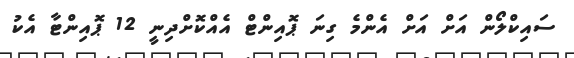
ސައިކްލޯން އަށް އަށް އެންމެ ގިނަ ޕޮއިންޓް އެއްކޮށްދިނީ 12 ޕޮއިންޓާ އެކު